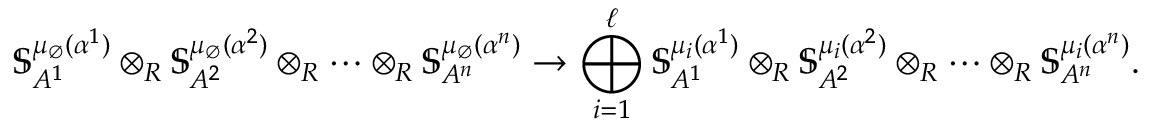
\mathbb { S } _ { A ^ { 1 } } ^ { \mu _ { \varnothing } ( \alpha ^ { 1 } ) } \otimes _ { R } \mathbb { S } _ { A ^ { 2 } } ^ { \mu _ { \varnothing } ( \alpha ^ { 2 } ) } \otimes _ { R } \cdots \otimes _ { R } \mathbb { S } _ { A ^ { n } } ^ { \mu _ { \varnothing } ( \alpha ^ { n } ) } \to \bigoplus _ { i = 1 } ^ { \ell } \mathbb { S } _ { A ^ { 1 } } ^ { \mu _ { i } ( \alpha ^ { 1 } ) } \otimes _ { R } \mathbb { S } _ { A ^ { 2 } } ^ { \mu _ { i } ( \alpha ^ { 2 } ) } \otimes _ { R } \cdots \otimes _ { R } \mathbb { S } _ { A ^ { n } } ^ { \mu _ { i } ( \alpha ^ { n } ) } .